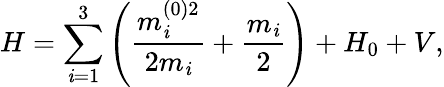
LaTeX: H=\sum_{\mathit{i}=1}^{3}\left(\frac{{m_{\mathit{i}}^{(0)2}}}{{2m_{\mathit{i}}}}+\frac{{m_{\mathit{i}}}}{{2}}\right)+H_{0}+V,